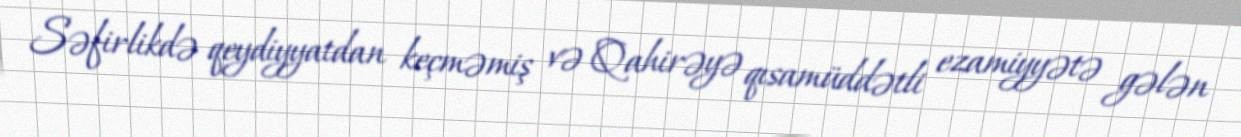
Səfirlikdə qeydiyyatdan keçməmiş və Qahirəyə qısamüddətli ezamiyyətə gələn